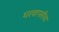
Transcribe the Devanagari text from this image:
घरवापसीचा